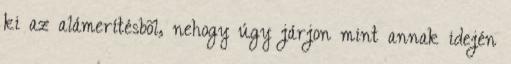
ki az alámerítésbõl, nehogy úgy járjon mint annak idején